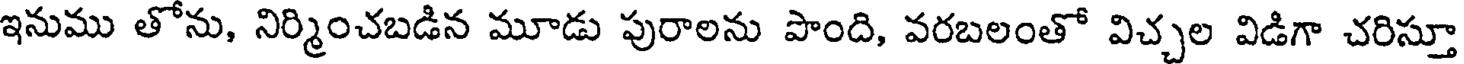
ఇనుము తోను, నిర్మించబడిన మూడు పురాలను పొంది, వరబలంతో విచ్చల విడిగా చరిస్తూ